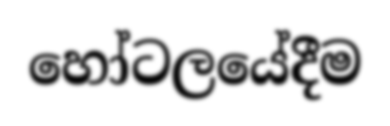
හෝටලයේදීම